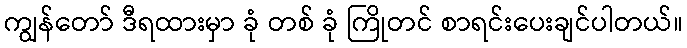
ကျွန်တော် ဒီရထားမှာ ခုံ တစ် ခုံ ကြိုတင် စာရင်းပေးချင်ပါတယ်။